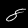
Label: 8